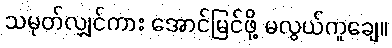
သမုတ်လျှင်ကား အောင်မြင်ဖို့ မလွယ်ကူချေ။